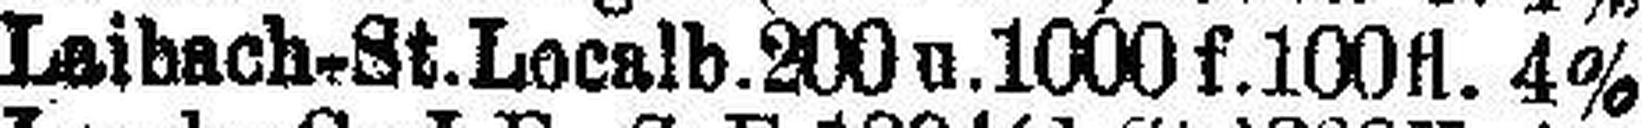
Laibach-St. Localb. 200 u. 1000 f. 100 fl. 4%